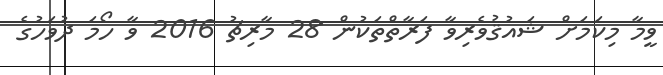
ވީމާ މިކަމަށް ޝައުޤުވެރިވާ ފަރާތްތަކުން 28 މާރިޗު 2016 ވާ ހޯމަ ދުވަހުގެ